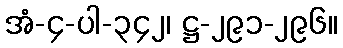
အံ-၄-ပါ-၃၄၂၊ ဋ္ဌ-၂၉၁-၂၉၆။